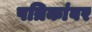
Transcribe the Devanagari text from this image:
पत्रिकांवर